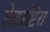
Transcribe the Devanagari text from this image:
हेटरॉप्टेरा